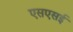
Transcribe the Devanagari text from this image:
एसएसई